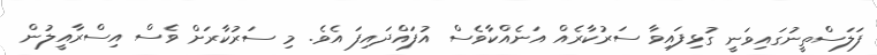
ފަލަސްތީނުގައިވަނީ ގުޅިފައިވާ ސަރުކާރެއް އަނެއްކާވެސް އުފައްދައިފަ އެވެ. މި ސަރުކާރަށް ވެސް އިސްރާއީލުން